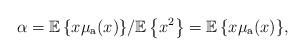
LaTeX: \begin{align*}\alpha = {{ \mathbb{E}}\left\{x\mu_{\rm a}(x)\right\}}/{{ \mathbb{E}}\left\{x^2\right\}}={{ \mathbb{E}}\left\{x\mu_{\rm a}(x)\right\}},\end{align*}